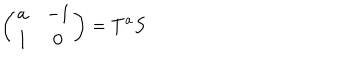
LaTeX: \left( \begin{array} { c c } { { a } } & { { - 1 } } \\ { { 1 } } & { { 0 } } \\ \end{array} \right) = T ^ { a } S